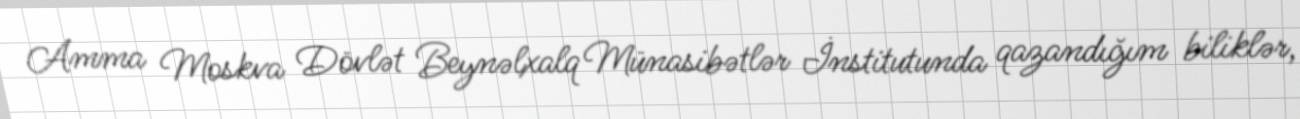
Amma Moskva Dövlət Beynəlxalq Münasibətlər İnstitutunda qazandığım biliklər,